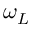
\omega _ { L }